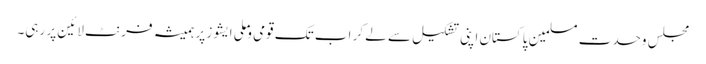
مجلس وحدت مسلمین پاکستان اپنی تشکیل سے لے کر اب تک قومی و ملی ایشوز پر ہمیشہ فرنٹ لائین پر رہی۔